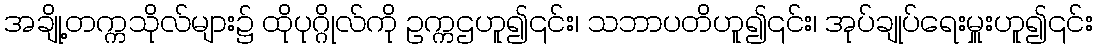
အချို့တက္ကသိုလ်များ၌ ထိုပုဂ္ဂိုလ်ကို ဥက္ကဌဟူ၍၎င်း၊ သဘာပတိဟူ၍၎င်း၊ အုပ်ချုပ်ရေးမှူးဟူ၍၎င်း